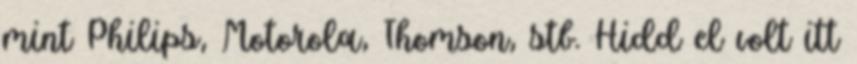
mint Philips, Motorola, Thomson, stb. Hidd el volt itt